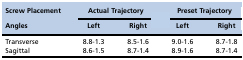
<table><thead><tr><td><b>Screw Placement</b></td><td colspan="2"><b>Actual Trajectory</b></td><td colspan="2"><b>Preset Trajectory</b></td></tr><tr><td><b>Angles</b></td><td><b>Left</b></td><td><b>Right</b></td><td><b>Left</b></td><td><b>Right</b></td></tr></thead><tbody><tr><td>Transverse</td><td>8.8-1.3</td><td>8.5-1.6</td><td>9.0-1.6</td><td>8.7-1.8</td></tr><tr><td>Sagittal</td><td>8.6-1.5</td><td>8.7-1.4</td><td>8.9-1.6</td><td>8.7-1.4</td></tr></tbody></table>